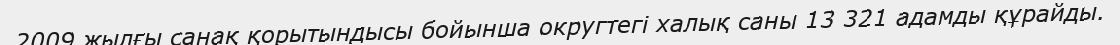
2009 жылғы санақ қорытындысы бойынша округтегі халық саны 13 321 адамды құрайды.